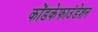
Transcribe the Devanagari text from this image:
कोंडकेफाउंडेशन